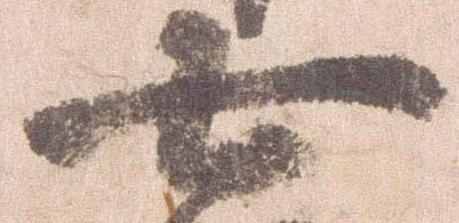
七